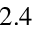
2 . 4